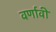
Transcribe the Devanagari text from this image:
वर्णावी